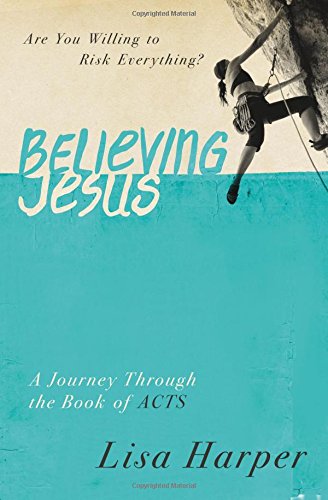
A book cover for Believing Jesus: Are You Willing to Risk Everything? A Journey Through the Book of Acts; Lisa Harper; Christian Books & Bibles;